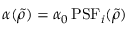
\alpha ( \tilde { \rho } ) = \alpha _ { 0 } \, \mathrm { P S F } _ { i } ( \tilde { \rho } )